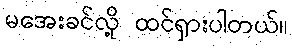
မအေးခင်လို့ ထင်ရှားပါတယ်။